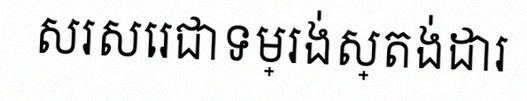
សរសេរជាទម្រង់ស្តង់ដារ